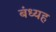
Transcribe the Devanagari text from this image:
बंध्यह